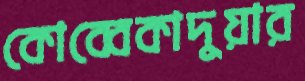
কোব্বেকাদুয়ার